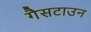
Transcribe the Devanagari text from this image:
गैसटाउन